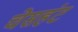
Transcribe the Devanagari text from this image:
चेसहंट